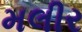
મલીર